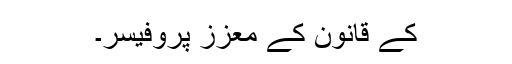
کے قانون کے معزز پروفیسر۔